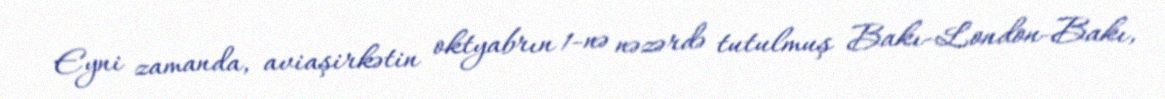
Eyni zamanda, aviaşirkətin oktyabrın 1-nə nəzərdə tutulmuş Bakı-London-Bakı,